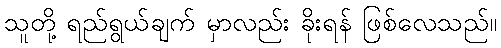
သူတို့ ရည်ရွယ်ချက် မှာလည်း ခိုးရန် ဖြစ်လေသည်။